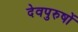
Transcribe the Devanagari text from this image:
देवपुरुषों